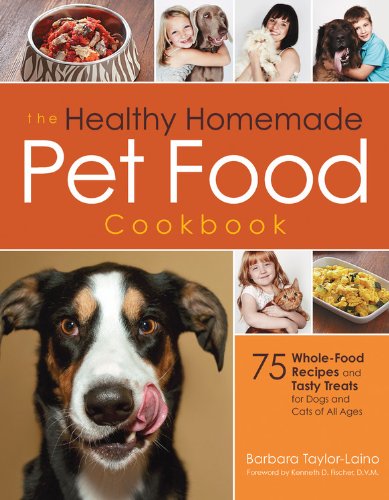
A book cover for The Healthy Homemade Pet Food Cookbook: 75 Whole-Food Recipes and Tasty Treats for Dogs and Cats of All Ages; Barbara Taylor-Laino; Crafts, Hobbies & Home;